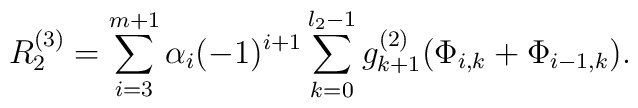
R_{2}^{\left( 3\right) }=\sum_{i=3}^{m+1}\alpha_{i} (-1)^{i+1} \sum_{k=0}^{l_{2}-1}g_{k+1}^{\left( 2\right) }(\Phi _{i,k} + \Phi _{i-1,k}).